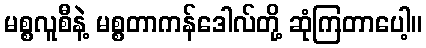
မစ္စလူစီနဲ့ မစ္စတာကန်ဒေါလ်တို့ ဆုံကြတာပေါ့။